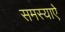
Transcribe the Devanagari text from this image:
समस्याऐ